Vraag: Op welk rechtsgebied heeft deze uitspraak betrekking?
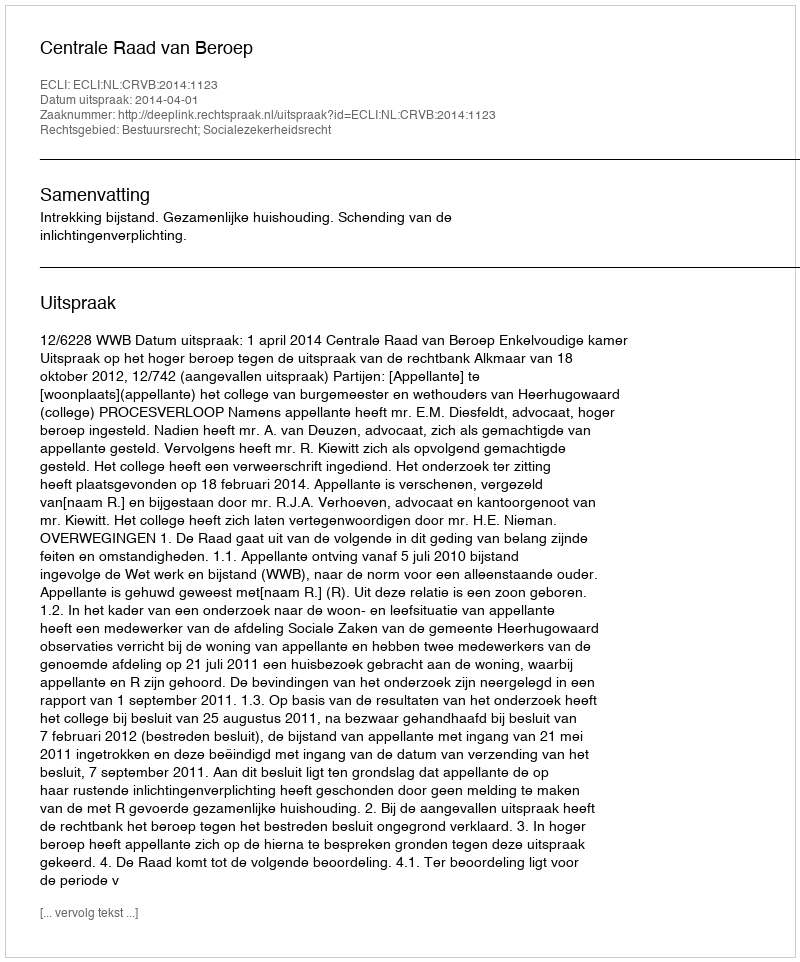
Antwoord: Bestuursrecht; Socialezekerheidsrecht